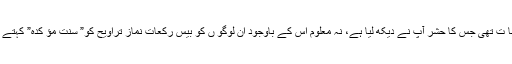
بعض الناس کی یہ کل کائنا ت تھی جس کا حشر آپ نے دیکھ لیا ہے، نہ معلوم اس کے باوجود ان لوگو ں کو بیس رکعات نمازِ تراویح کو” سنتِ مؤ کدہ” کہتے ہوئے شرم کیوں نہیں آتی؟